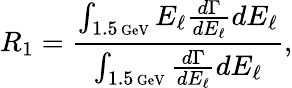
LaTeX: R_{1}={\frac{\int_{1.5\mathrm{\scriptsize~GeV}}E_{\ell}{\frac{d\Gamma}{dE_{\ell}}}dE_{\ell}}{\int_{1.5\mathrm{\scriptsize~GeV}}{\frac{d\Gamma}{dE_{\ell}}}dE_{\ell}}},